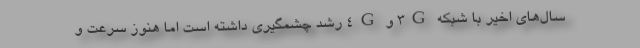
سال‌هاي اخير با شبكه 3G و 4G رشد چشمگيري داشته است اما هنوز سرعت و